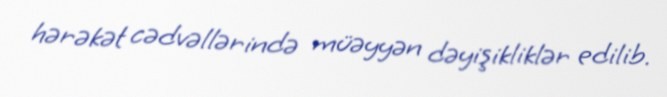
hərəkət cədvəllərində müəyyən dəyişikliklər edilib.